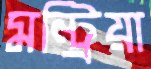
মন্ট্রিয়া